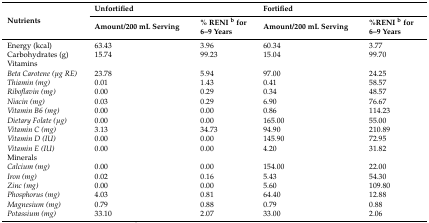
| <ROWSPAN=2> Nutrients | <COLSPAN=2> Unfortified | <COLSPAN=2> Fortified |
 | Amount/200 mL Serving | % RENI b for 6–9 Years | Amount/200 mL Serving | %RENI b for 6–9 Years |
 | --- | --- | --- | --- | --- |
 | Energy (kcal) | 63.43 | 3.96 | 60.34 | 3.77 |
 | Carbohydrates (g) | 15.74 | 99.23 | 15.04 | 99.70 |
 | Vitamins |  |  |  |  |
 | Beta Carotene (μg RE) | 23.78 | 5.94 | 97.00 | 24.25 |
 | Thiamin (mg) | 0.01 | 1.43 | 0.41 | 58.57 |
 | Riboflavin (mg) | 0.00 | 0.29 | 0.34 | 48.57 |
 | Niacin (mg) | 0.03 | 0.29 | 6.90 | 76.67 |
 | Vitamin B6 (mg) | 0.00 | 0.00 | 0.86 | 114.23 |
 | Dietary Folate (μg) | 0.00 | 0.00 | 165.00 | 55.00 |
 | Vitamin C (mg) | 3.13 | 34.73 | 94.90 | 210.89 |
 | Vitamin D (IU) | 0.00 | 0.00 | 145.90 | 72.95 |
 | Vitamin E (IU) | 0.00 | 0.00 | 4.20 | 31.82 |
 | Minerals |  |  |  |  |
 | Calcium (mg) | 0.00 | 0.00 | 154.00 | 22.00 |
 | Iron (mg) | 0.02 | 0.16 | 5.43 | 54.30 |
 | Zinc (mg) | 0.00 | 0.00 | 5.60 | 109.80 |
 | Phosphorus (mg) | 4.03 | 0.81 | 64.40 | 12.88 |
 | Magnesium (mg) | 0.79 | 0.88 | 0.79 | 0.88 |
 | Potassium (mg) | 33.10 | 2.07 | 33.00 | 2.06 |